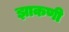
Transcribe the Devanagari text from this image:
झाकणी